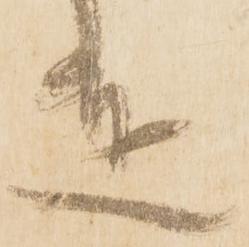
達